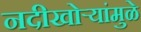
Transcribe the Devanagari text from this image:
नदीखोर्‍यांमुळे